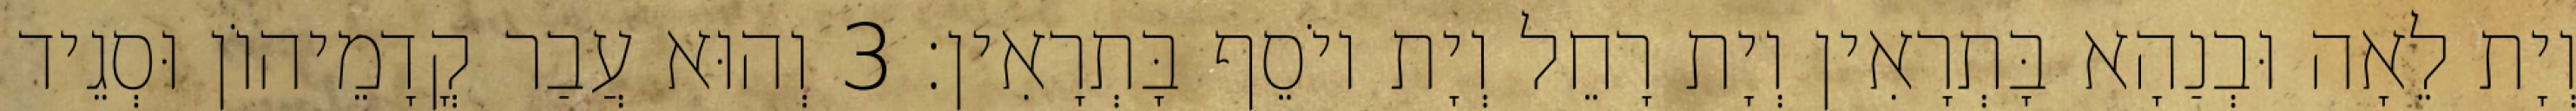
וְיָת לֵאָה וּבְנַהָא בָּתְרָאִין וְיָת רָחֵל וְיָת יוֹסֵף בָּתְרָאִין׃ 3 וְהוּא עֲבַר קֳדָמֵיהוֹן וּסְגֵיד